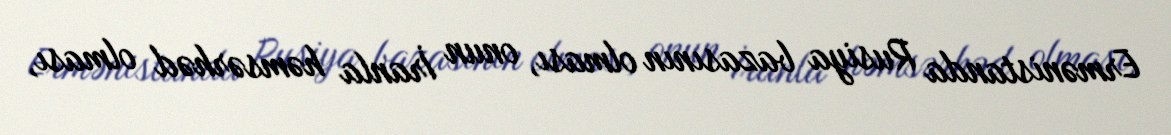
Ermənistanda Rusiya bazasının olması, onun İranla həmsərhəd olması,